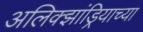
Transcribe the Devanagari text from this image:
अलिक्झांड्रियाच्या